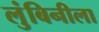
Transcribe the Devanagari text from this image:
लुंबिनीला